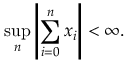
\operatorname* { s u p } _ { n } \left\vert \sum _ { i = 0 } ^ { n } x _ { i } \right\vert < \infty .